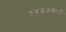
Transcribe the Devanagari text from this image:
१४३४मध्ये